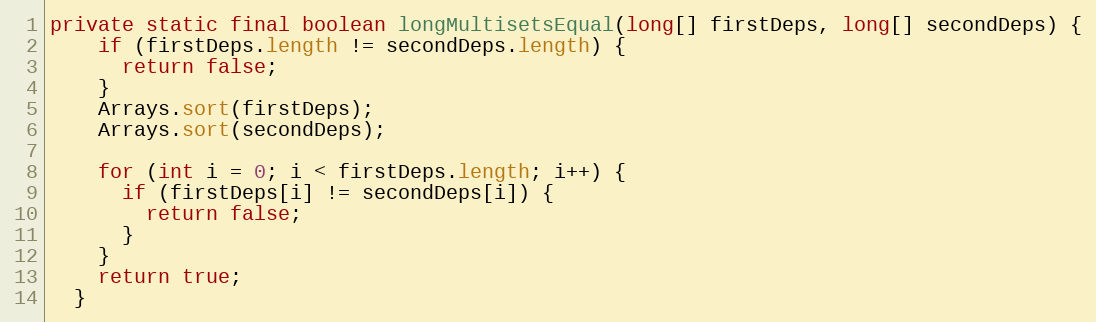
Language: Java
private static final boolean longMultisetsEqual(long[] firstDeps, long[] secondDeps) {
    if (firstDeps.length != secondDeps.length) {
      return false;
    }
    Arrays.sort(firstDeps);
    Arrays.sort(secondDeps);

    for (int i = 0; i < firstDeps.length; i++) {
      if (firstDeps[i] != secondDeps[i]) {
        return false;
      }
    }
    return true;
  }